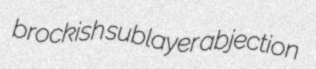
brockish sublayer abjection